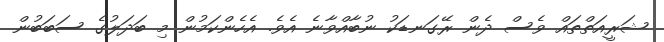
ޝަރީއަތްތައް ވެސް ދެން ރޭގަނޑަކު ނުބާއްވާނެ އެވެ. އެހެންކަމުން މި ބަދަލުގެ ސަބަބުން